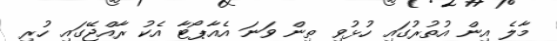
މާލެ އިން އުތުރުގައި ހުޅުވި ތިން ވަނަ އެއާޕޯޓާ އެކު ރާއްޖޭގައި ހުރި